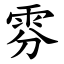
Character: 雰